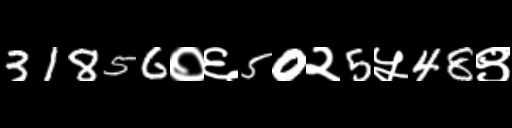
Text: 31856०६50२5५48९